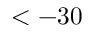
< - 3 0